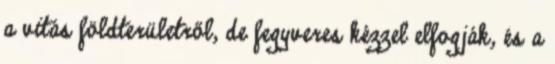
a vitás földterületről, de fegyveres kézzel elfogják, és a